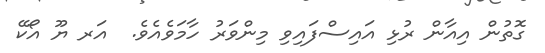
ގޮތުން އިއާން ރުޅި އައިސްފައިވި މިންވަރު ހާމަވެއެވެ.  އަރ ޔޫ އޯކޭ